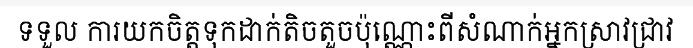
ទទួល ការយកចិត្តទុកដាក់តិចតួចប៉ុណ្ណោះពីសំណាក់អ្នកស្រាវជ្រាវ